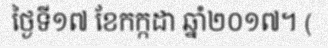
ថ្ងៃទី១៧ ខែកក្កដា ឆ្នាំ២០១៧។ (